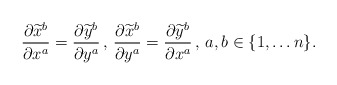
\begin{align*}\frac{\partial \widetilde{x}^b}{\partial x^a}=\frac{\partial \widetilde{y}^b}{\partial y^a}\,,\,\frac{\partial \widetilde{x}^b}{\partial y^a}=\frac{\partial \widetilde{y}^b}{\partial x^a}\,,\,a,b\in\{1,\ldots n\}.\end{align*}